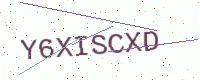
Text: Y6XISCXD